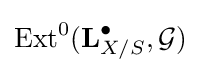
{\text{Ext}}^{0}(\mathbf {L} _{X/S}^{\bullet },{\mathcal {G}})